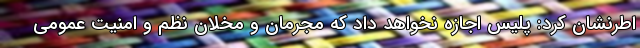
اطرنشان کرد: پلیس اجازه نخواهد داد که مجرمان و مخلان نظم و امنیت عمومی